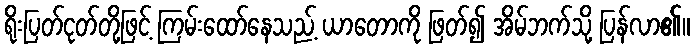
ရိုးပြတ်ငုတ်တို့ဖြင့် ကြမ်းထော်နေသည့် ယာတောကို ဖြတ်၍ အိမ်ဘက်သို့ ပြန်လာ၏။